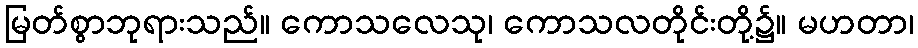
မြတ်စွာဘုရားသည်။ ကောသလေသု၊ ကောသလတိုင်းတို့၌။ မဟတာ၊